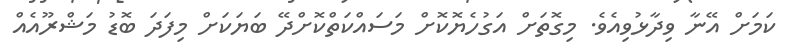
ކަމަށް އޭނާ ވިދާޅުވިއެވެ. މިގޮތަށް އަގުހެޔޮކޮށް މަސައްކަތްކޮށްދޭ ބަޔަކަށް މިފަދަ ބޮޑު މަޝްރޫއެއް